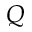
Q